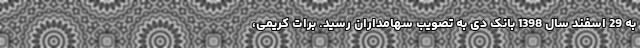
به 29 اسفند سال 1398 بانک دی به تصویب سهامداران رسید. برات کریمی،